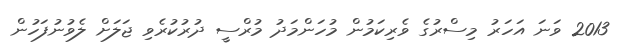
2013 ވަނަ އަހަރު މިސްރުގެ ވެރިކަމުން މުހަންމަދު މުރްސީ ދުރުކުރެވި ޖަލަށް ލެވުނުފަހުން